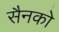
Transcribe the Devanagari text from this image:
सैनको